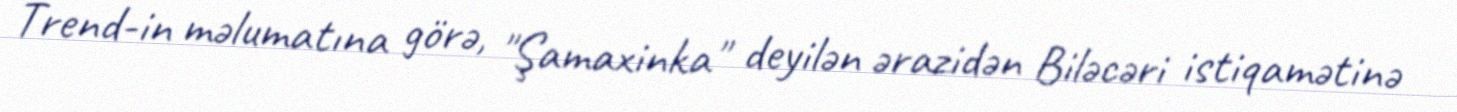
Trend-in məlumatına görə, "Şamaxinka" deyilən ərazidən Biləcəri istiqamətinə